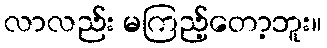
လာလည်း မကြည့်တော့ဘူး။